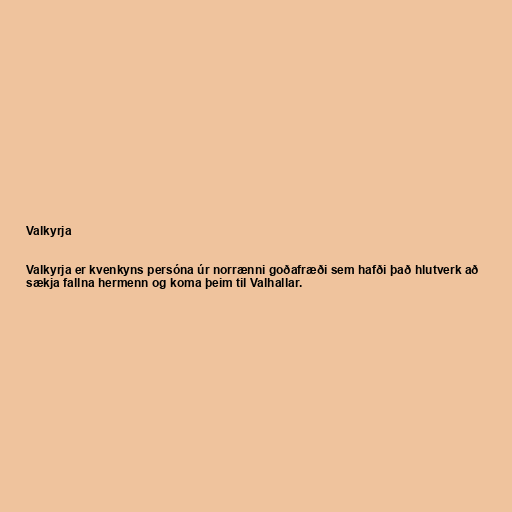
Valkyrja

Valkyrja er kvenkyns persóna úr norrænni goðafræði sem hafði það hlutverk að
sækja fallna hermenn og koma þeim til Valhallar.